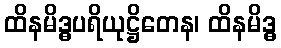
ထိနမိဒ္ဓပရိယုဋ္ဌိတေန၊ ထိနမိဒ္ဓ